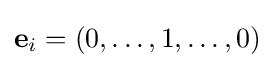
\mathbf {e} _{i}=(0,\ldots ,1,\ldots ,0)